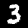
Digit: 3